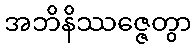
အဘိနိဿဇ္ဇေတွာ